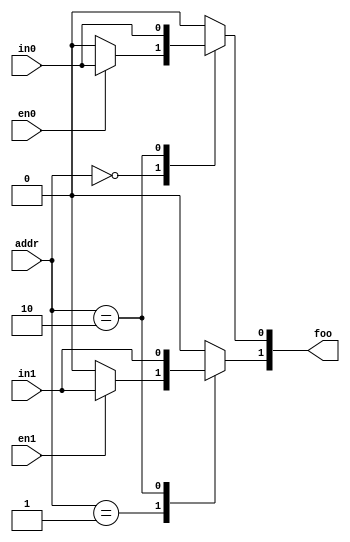
module test
  (output reg [1:0] foo,
   input wire [1:0] addr,
   input wire	    in0, in1,
   input wire	    en0, en1
   /* */);

   localparam foo_default = 2'b00;
   always @*
     begin
	foo = foo_default;
	case (addr)
	  0: if (en0) foo[0] = in0;
	  1: if (en1) foo[1] = in1;
	  2: foo = {in1, in0};
	  default: foo = 0;
	endcase
     end

endmodule